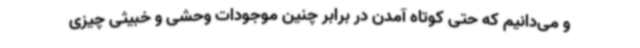
و می‌دانیم که حتی کوتاه آمدن در برابر چنین موجودات وحشی و خبیثی چیزی